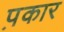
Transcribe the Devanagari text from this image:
प़कार